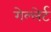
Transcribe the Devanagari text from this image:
गेल्लेर्ट